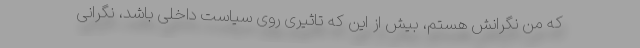
که من نگرانش هستم، بیش از این که تاثیری روی سیاست داخلی باشد، نگرانی